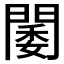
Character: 𨵋